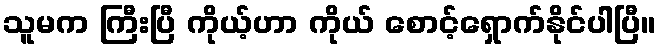
သူမက ကြီးပြီ ကိုယ့်ဟာ ကိုယ် စောင့်ရှောက်နိုင်ပါပြီ။